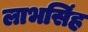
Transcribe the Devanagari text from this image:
लाभसिंह